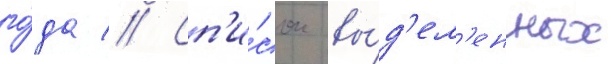
го́да // Сп'и́сок вы́д'ел'енных